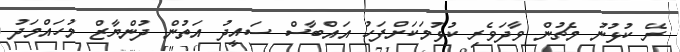
ރޭ ކުޅުނު މެޗުން ވާދަވެރި ކުޅުމަކަށްފަހު އައްބާސް ސައީދު އަތުން ދުންޔާޒް މުހައްމަދު